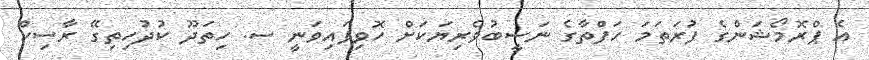
އެ ޕްރޮމޯޝަންގެ ފުރަތަމަ ހަފްތާގެ ނަސީބުވެރިޔަކަށް ހޮވިފައިވަނީ ސ. ހިތަދޫ ކުދުހިތިގޭ ރާސިހް